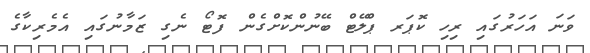
ވަނަ އަހަރުގައި ރިހި ކޮޕަރ ޕްލޭޓް ބޭނުންކޮށްގެން ފޮޓޯ ނެގި ޒަމާނުގައި އެމެރިކާގެ